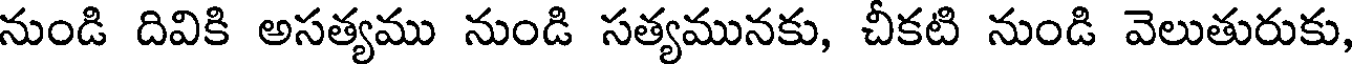
నుండి దివికి అసత్యము నుండి సత్యమునకు, చీకటి నుండి వెలుతురుకు,